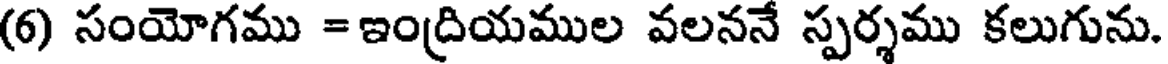
(6) సంయోగము =ఇంద్రియముల వలననే స్పర్శము కలుగును.